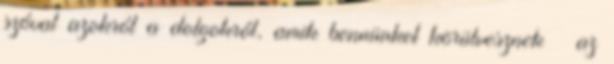
szóval azokról a dolgokról, amik bennünket körülvesznek – az